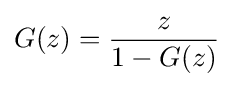
G(z)={\frac {z}{1-G(z)}}